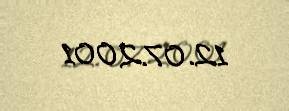
12.07.2001